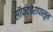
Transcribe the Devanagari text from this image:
सॉफ्टवेरापासून